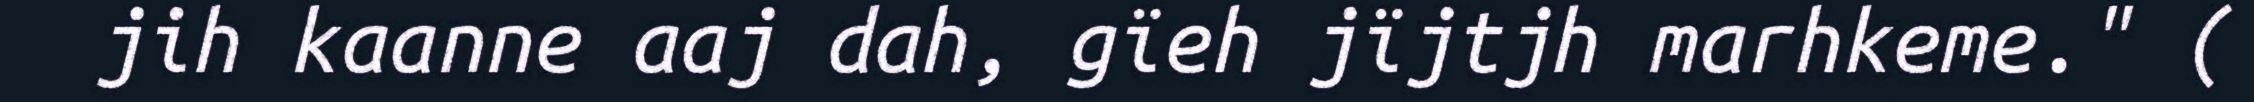
jih kaanne aaj dah, gïeh jïjtjh marhkeme." (